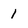
Character: 1